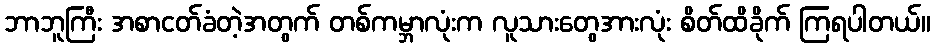
ဘာဘူကြီး အစာငတ်ခံတဲ့အတွက် တစ်ကမ္ဘာလုံးက လူသားတွေအားလုံး စိတ်ထိခိုက် ကြရပါတယ်။